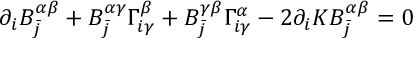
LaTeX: \partial _ { i } B _ { \bar { j } } ^ { \alpha \beta } + B _ { \bar { j } } ^ { \alpha \gamma } \Gamma _ { i \gamma } ^ { \beta } + B _ { \bar { j } } ^ { \gamma \beta } \Gamma _ { i \gamma } ^ { \alpha } - 2 \partial _ { i } K B _ { \bar { j } } ^ { \alpha \beta } = 0